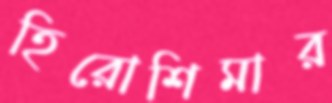
হিরোশিমার